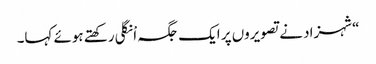
“شہزاد نے تصویروں پر ایک جگہ اْنگلی رکھتے ہوئے کہا۔